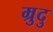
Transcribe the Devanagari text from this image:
म्रुदु